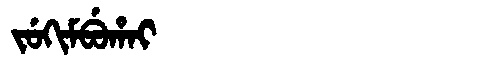
Manchu: ᠵᡠᡴᡳᠮᠪᡠᡥᠠᡳ
Romanization: JUKIMBUHAI